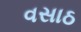
વસાઠ